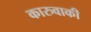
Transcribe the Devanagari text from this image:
कारुवाकी